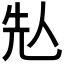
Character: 𠈣